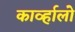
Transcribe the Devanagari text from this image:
काव्‍र्हालो